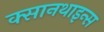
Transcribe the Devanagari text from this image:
क्सानथाइन्स